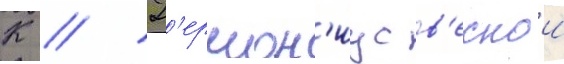
К // Г'ермон'иус в'еснои